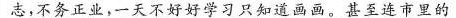
志，不务正业，一天不好好学习只知道画画。甚至连市里的